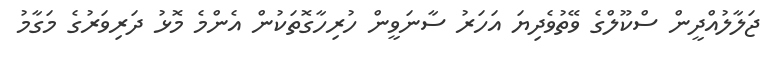
ޖަލާލުއްދީން ސްކޫލްގެ ވޭތުވެދިޔަ އަހަރު ސާނަވީން ހުރިހާގޮތަކުން އެންމެ މޮޅު ދަރިވަރުގެ މަގާމު